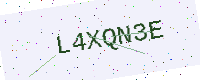
Text: L4XQN3E